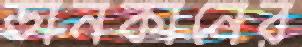
ডানকানের